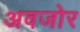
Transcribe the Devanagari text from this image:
अवजोर